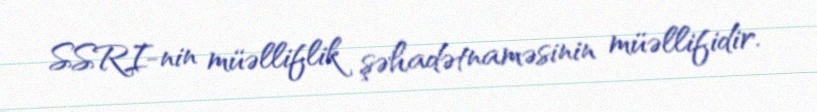
SSRI-nin müəlliflik şəhadətnaməsinin müəllifidir.